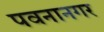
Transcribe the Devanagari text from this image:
पवनानगर